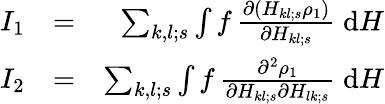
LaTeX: \begin{array}{rlr}{I_{1}}&{=}&{\sum_{k,l;s}\int f\, {\frac{\partial(H_{kl;s}\rho_{1})}{\partial H_{kl;s}}}\; \mathrm{d}H}\\ {I_{2}}&{=}&{\sum_{k,l;s}\int f\, {\frac{\partial^{2}\rho_{1}}{\partial H_{kl;s}\partial H_{lk;s}}}\; \mathrm{d}H}\end{array}